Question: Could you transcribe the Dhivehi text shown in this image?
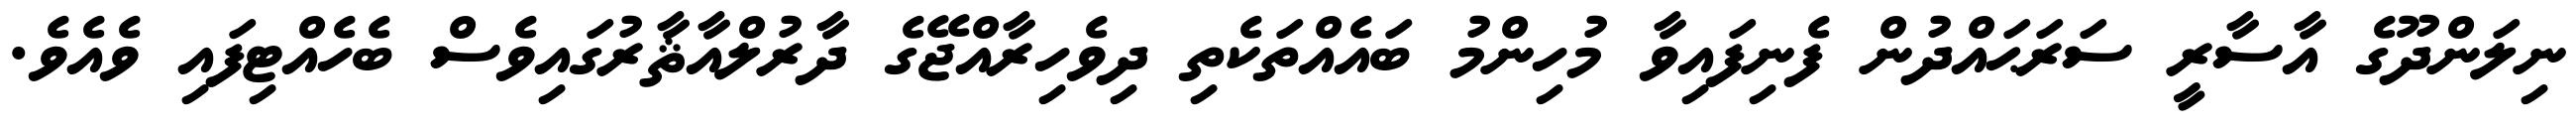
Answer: ނިލަންދޫގެ އާސާރީ ސަރަޙައްދުން ފެނިފައިވާ މުހިންމު ބައެއްތަކެތި ދިވެހިރާއްޖޭގެ ދާރުލްއާޘާރުގައިވެސް ބެހެއްޓިފައި ވެއެވެ.